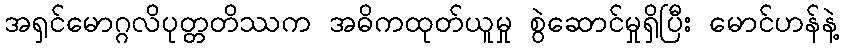
အရှင်မောဂ္ဂလိပုတ္တတိဿက အဓိကထုတ်ယူမှု စွဲဆောင်မှုရှိပြီး မောင်ဟန်နဲ့